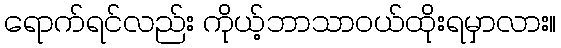
ရောက်ရင်လည်း ကိုယ့်ဘာသာဝယ်ထိုးရမှာလား။